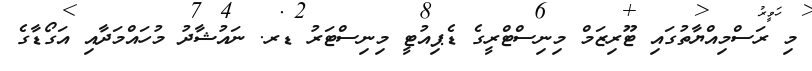
މި ރަސްމިއްޔާތުގައި ޓޫރިޒަމް މިނިސްޓްރީގެ ޑެޕިއުޓީ މިނިސްޓަރު ޑރ. ނައުޝާދު މުހައްމަދާއި އަގޯޑާގެ